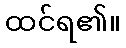
ထင်ရ၏။